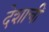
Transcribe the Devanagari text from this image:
देशाचीं